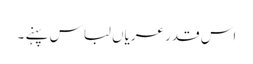
اس قدر عریاں لباس پہنے ۔